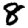
Digit: 8